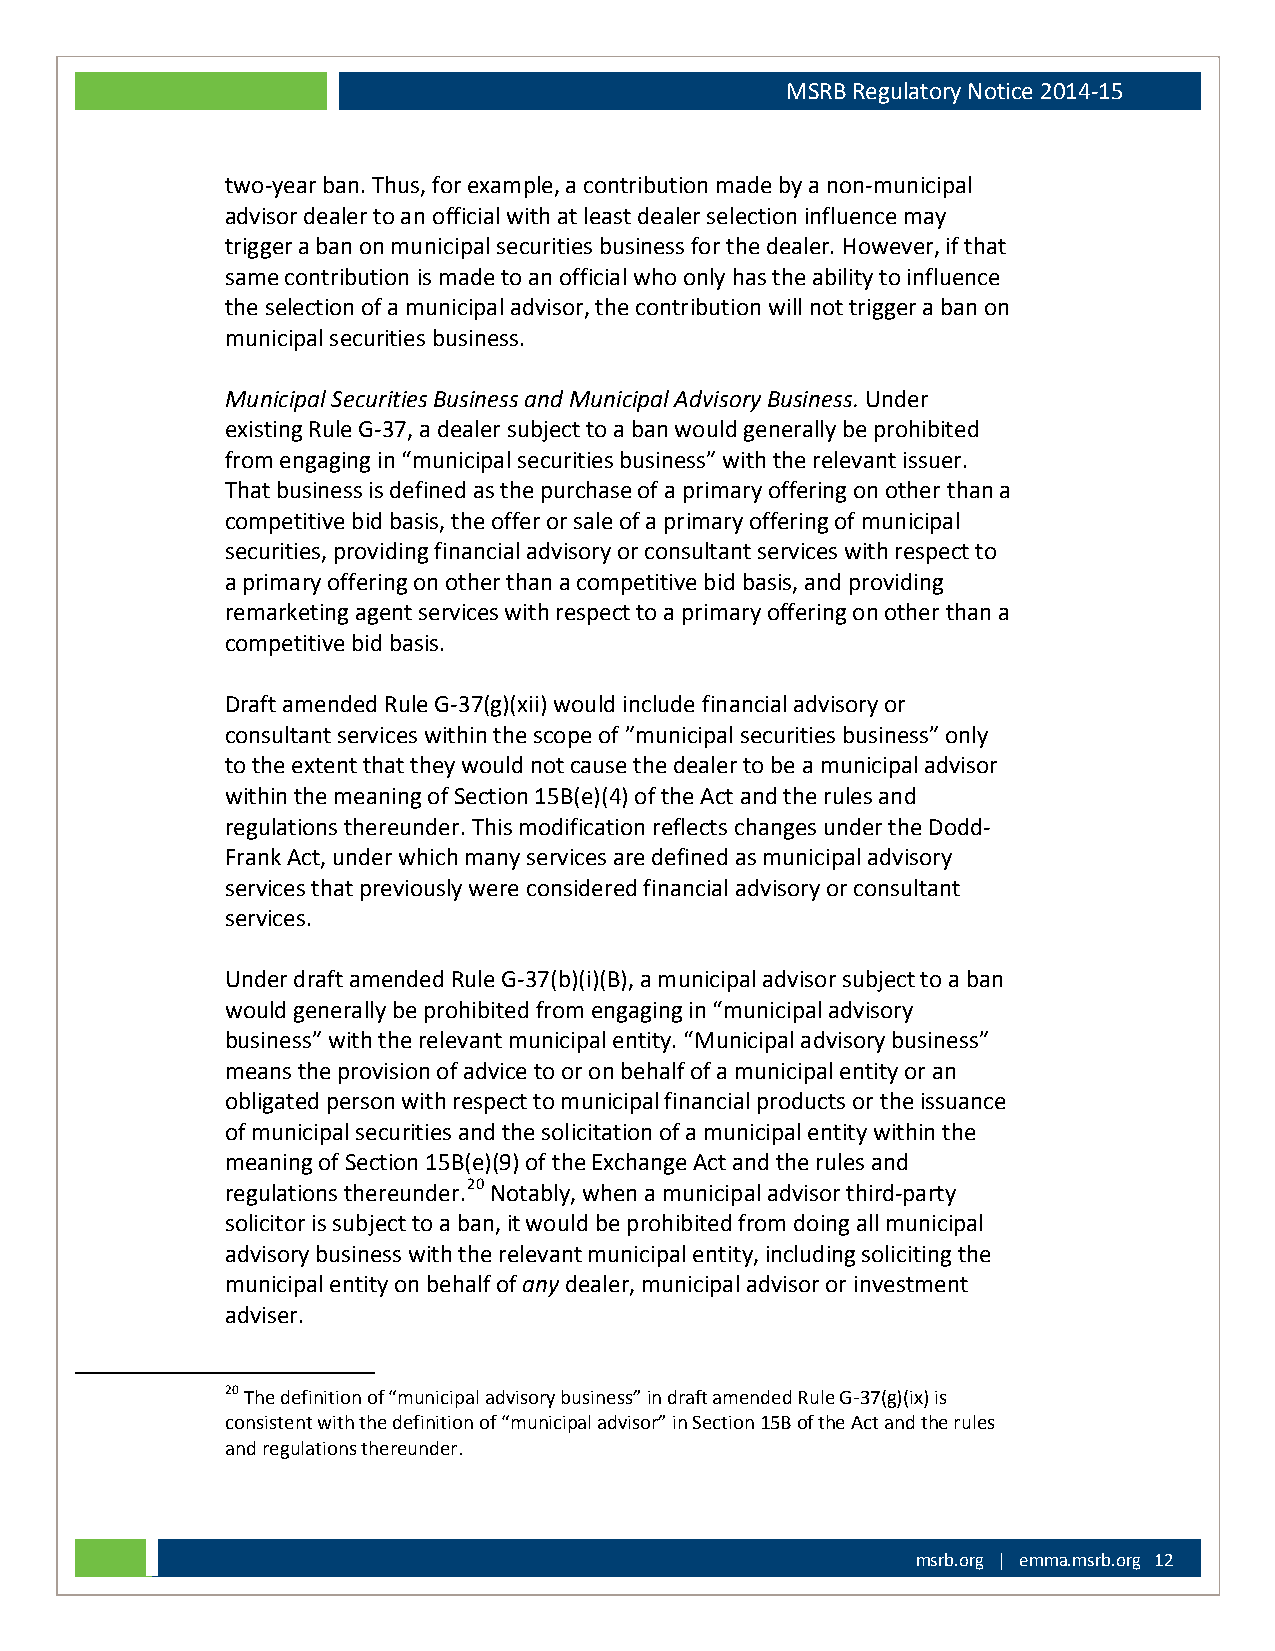
MSRB Regulatory Notice 2014-15
 two-year ban. Thus, for example, a contribution made by a non-municipal
 advisor dealer to an official with at least dealer selection influence may
 trigger a ban on municipal securities business for the dealer. However, if that
 same contribution is made to an official who only has the ability to influence
 the selection of a municipal advisor, the contribution will not trigger a ban on
 municipal securities business.
 Municipal Securities Business and Municipal Advisory Business. Under
 existing Rule G-37, a dealer subject to a ban would generally be prohibited
 from engaging in “municipal securities business” with the relevant issuer.
 That business is defined as the purchase of a primary offering on other than a
 competitive bid basis, the offer or sale of a primary offering of municipal
 securities, providing financial advisory or consultant services with respect to
 a primary offering on other than a competitive bid basis, and providing
 remarketing agent services with respect to a primary offering on other than a
 competitive bid basis.
 Draft amended Rule G-37(g)(xii) would include financial advisory or
 consultant services within the scope of ”municipal securities business” only
 to the extent that they would not cause the dealer to be a municipal advisor
 within the meaning of Section 15B(e)(4) of the Act and the rules and
 regulations thereunder. This modification reflects changes under the Dodd-
 Frank Act, under which many services are defined as municipal advisory
 services that previously were considered financial advisory or consultant
 services.
 Under draft amended Rule G-37(b)(i)(B), a municipal advisor subject to a ban
 would generally be prohibited from engaging in “municipal advisory
 business” with the relevant municipal entity. “Municipal advisory business”
 means the provision of advice to or on behalf of a municipal entity or an
 obligated person with respect to municipal financial products or the issuance
 of municipal securities and the solicitation of a municipal entity within the
 meaning of Section 15B(e)(9) of the Exchange Act and the rules and
 regulations thereunder.20 Notably, when a municipal advisor third-party
 solicitor is subject to a ban, it would be prohibited from doing all municipal
 advisory business with the relevant municipal entity, including soliciting the
 municipal entity on behalf of any dealer, municipal advisor or investment
 adviser.
 20 The definition of “municipal advisory business” in draft amended Rule G-37(g)(ix) is
 consistent with the definition of “municipal advisor” in Section 15B of the Act and the rules
 and regulations thereunder.
 msrb.org | emma.msrb.org 12